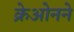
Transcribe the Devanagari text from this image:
क्रेओनने